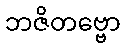
ဘဇိတဗ္ဗော